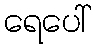
ရေပေါ်